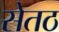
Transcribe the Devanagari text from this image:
सेतठ